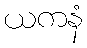
ယကနံ